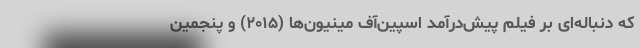
که دنباله‌ای بر فیلم پیش‌درآمد اسپین‌آف مینیون‌ها (۲۰۱۵) و پنجمین